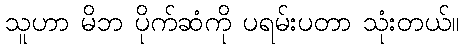
သူဟာ မိဘ ပိုက်ဆံကို ပရမ်းပတာ သုံးတယ်။